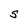
Character: S